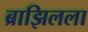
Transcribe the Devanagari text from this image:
ब्राझिलला